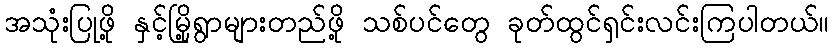
အသုံးပြုဖို့ နှင့်မြို့ရွာများတည်ဖို့ သစ်ပင်တွေ ခုတ်ထွင်ရှင်းလင်းကြပါတယ်။